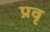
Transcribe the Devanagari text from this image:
प्रवृ